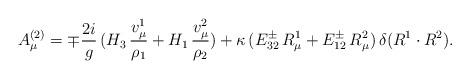
LaTeX: \begin{align*}A_\mu^{(2)} =\mp{2i\over g}\,(H_3\,{v_\mu^1\over\rho_1}+H_1\,{v_\mu^2\over\rho_2})+\kappa\,(E_{32}^\pm\,R^1_\mu+E_{12}^\pm\,R^2_\mu)\,\delta(R^1\cdot R^2).\end{align*}